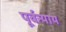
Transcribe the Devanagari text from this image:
पूर्वन्याय